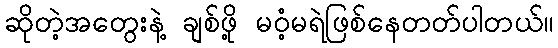
ဆိုတဲ့အတွေးနဲ့ ချစ်ဖို့ မဝံ့မရဲဖြစ်နေတတ်ပါတယ်။